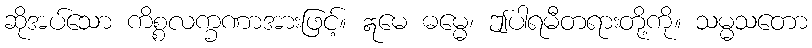
ဆိုအပ်သော ကိစ္စလက္ခဏာအားဖြင့်။ ဣမေ ဓမ္မေ၊ ဤပါရမီတရားတို့ကို။ သမ္မသတော